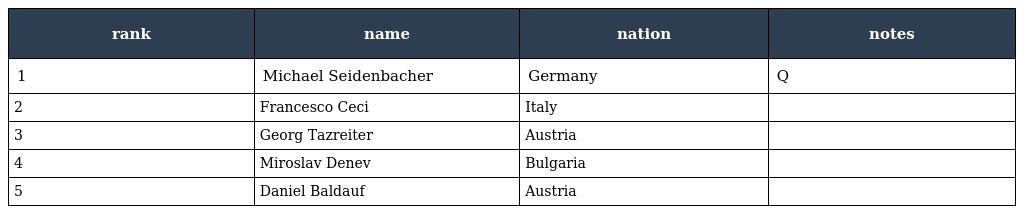
| rank | name | nation | notes |
 | --- | --- | --- | --- |
 | 1 | Michael Seidenbacher | Germany | Q |
 | 2 | Francesco Ceci | Italy |  |
 | 3 | Georg Tazreiter | Austria |  |
 | 4 | Miroslav Denev | Bulgaria |  |
 | 5 | Daniel Baldauf | Austria |  |